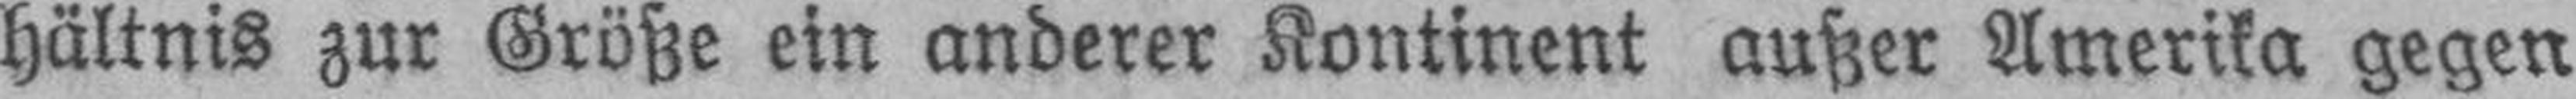
hältnis zur Größe ein anderer Kontinent außer Amerika gegen